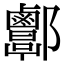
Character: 𨟬